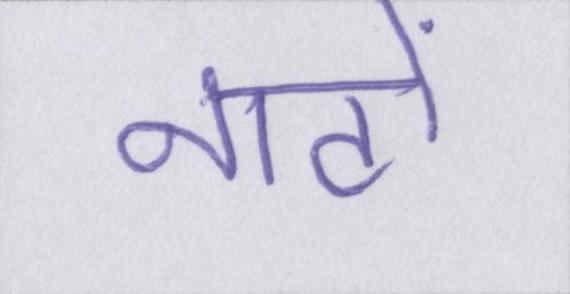
नाटो